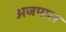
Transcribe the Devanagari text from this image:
अजपाल